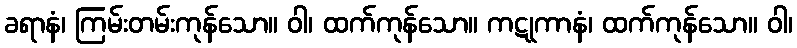
ခရာနံ၊ ကြမ်းတမ်းကုန်သော။ ဝါ၊ ထက်ကုန်သော။ ကဋုကာနံ၊ ထက်ကုန်သော။ ဝါ၊